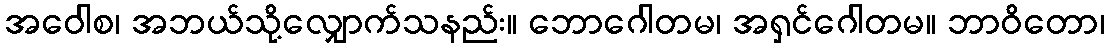
အဝေါစ၊ အဘယ်သို့လျှောက်သနည်း။ ဘောဂေါတမ၊ အရှင်ဂေါတမ။ ဘာဝိတော၊